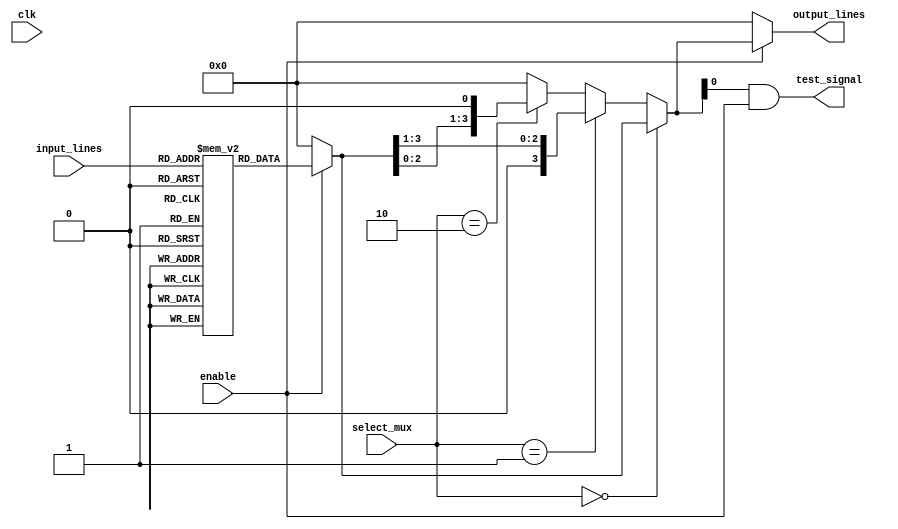
module combinational_logic_block (
    input wire [3:0] input_lines,   // 4 input lines
    input wire [1:0] select_mux,     // 2-bit selector for multiplexers
    input wire enable,                // Enable signal
    input wire clk,                   // Clock signal for clock gating
    output wire [3:0] output_lines,   // 4 output lines
    output wire test_signal           // Test output
);

// Internal signals
wire [3:0] lut_output;
wire [3:0] routed_signal;
reg [3:0] lut [0:15]; // 4-input LUTs (16 possible combinations)

// Configuration interface to program LUT content
initial begin
    // Example LUT initialization (can be modified per design requirements)
    lut[0] = 4'b0000;  // 0000 -> 0
    lut[1] = 4'b0001;  // 0001 -> 1
    lut[2] = 4'b0010;  // 0010 -> 2
    lut[3] = 4'b0011;  // 0011 -> 3
    lut[4] = 4'b0100;  // 0100 -> 4
    lut[5] = 4'b0101;  // 0101 -> 5
    lut[6] = 4'b0110;  // 0110 -> 6
    lut[7] = 4'b0111;  // 0111 -> 7
    lut[8] = 4'b1000;  // 1000 -> 8
    lut[9] = 4'b1001;  // 1001 -> 9
    lut[10] = 4'b1010; // 1010 -> A
    lut[11] = 4'b1011; // 1011 -> B
    lut[12] = 4'b1100; // 1100 -> C
    lut[13] = 4'b1101; // 1101 -> D
    lut[14] = 4'b1110; // 1110 -> E
    lut[15] = 4'b1111; // 1111 -> F
end

// LUT implementation (using the 4-input LUT)
assign lut_output = enable ? lut[input_lines] : 4'b0000; // Output from LUT based on input and enable signal

// Multiplexer for routing - Example Multiplexer
assign routed_signal = (select_mux == 2'b00) ? lut_output :
                       (select_mux == 2'b01) ? {1'b0, lut_output[3:1]} : // example modification
                       (select_mux == 2'b10) ? {lut_output[2:0], 1'b0} :
                       4'b0000; // Default case

// Output assignment
assign output_lines = enable ? routed_signal : 4'b0000; // Enable control for output

// Test signal for debugging
assign test_signal = routed_signal[0] & enable; // Example test signal

endmodule